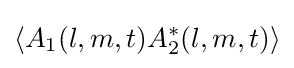
\langle A_{1}(l,m,t)A_{2}^{*}(l,m,t)\rangle